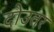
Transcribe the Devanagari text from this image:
दोउतर